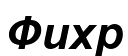
Фихр